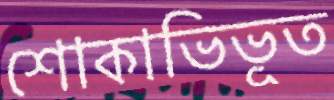
শোকাভিভূত